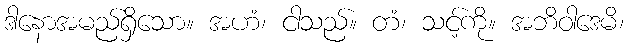
ဒါနောအမည်ရှိသော။ အဟံ၊ ငါသည်။ တံ၊ သင့်ကို။ အဘိဝါဒေမိ၊